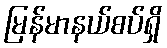
မြန်မာနယ်စပ်ရှိ